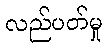
လည်ပတ်မှု